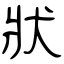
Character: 狀